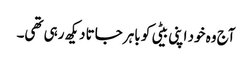
آج وہ خود اپنی بیٹی کو باہر جاتا دیکھ رہی تھی۔